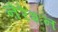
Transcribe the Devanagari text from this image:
नेरेशन